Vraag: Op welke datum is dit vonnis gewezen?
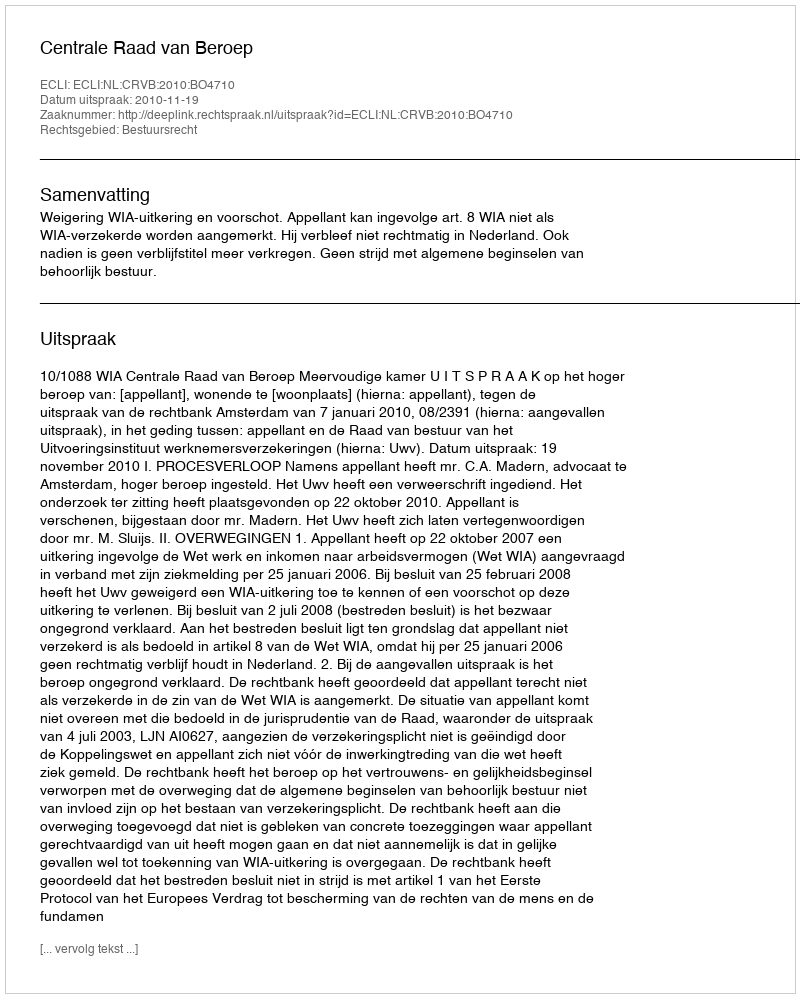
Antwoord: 2010-11-19